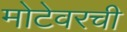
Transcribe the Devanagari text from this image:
मोटेवरची